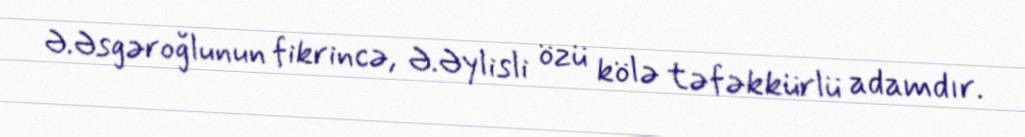
Ə.Əsgəroğlunun fikrincə, Ə.Əylisli özü kölə təfəkkürlü adamdır.